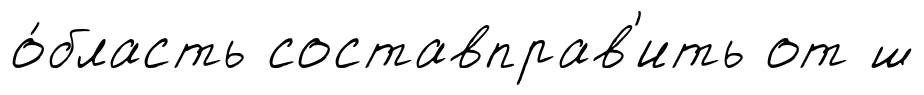
о́бласть составправ'ить от ш